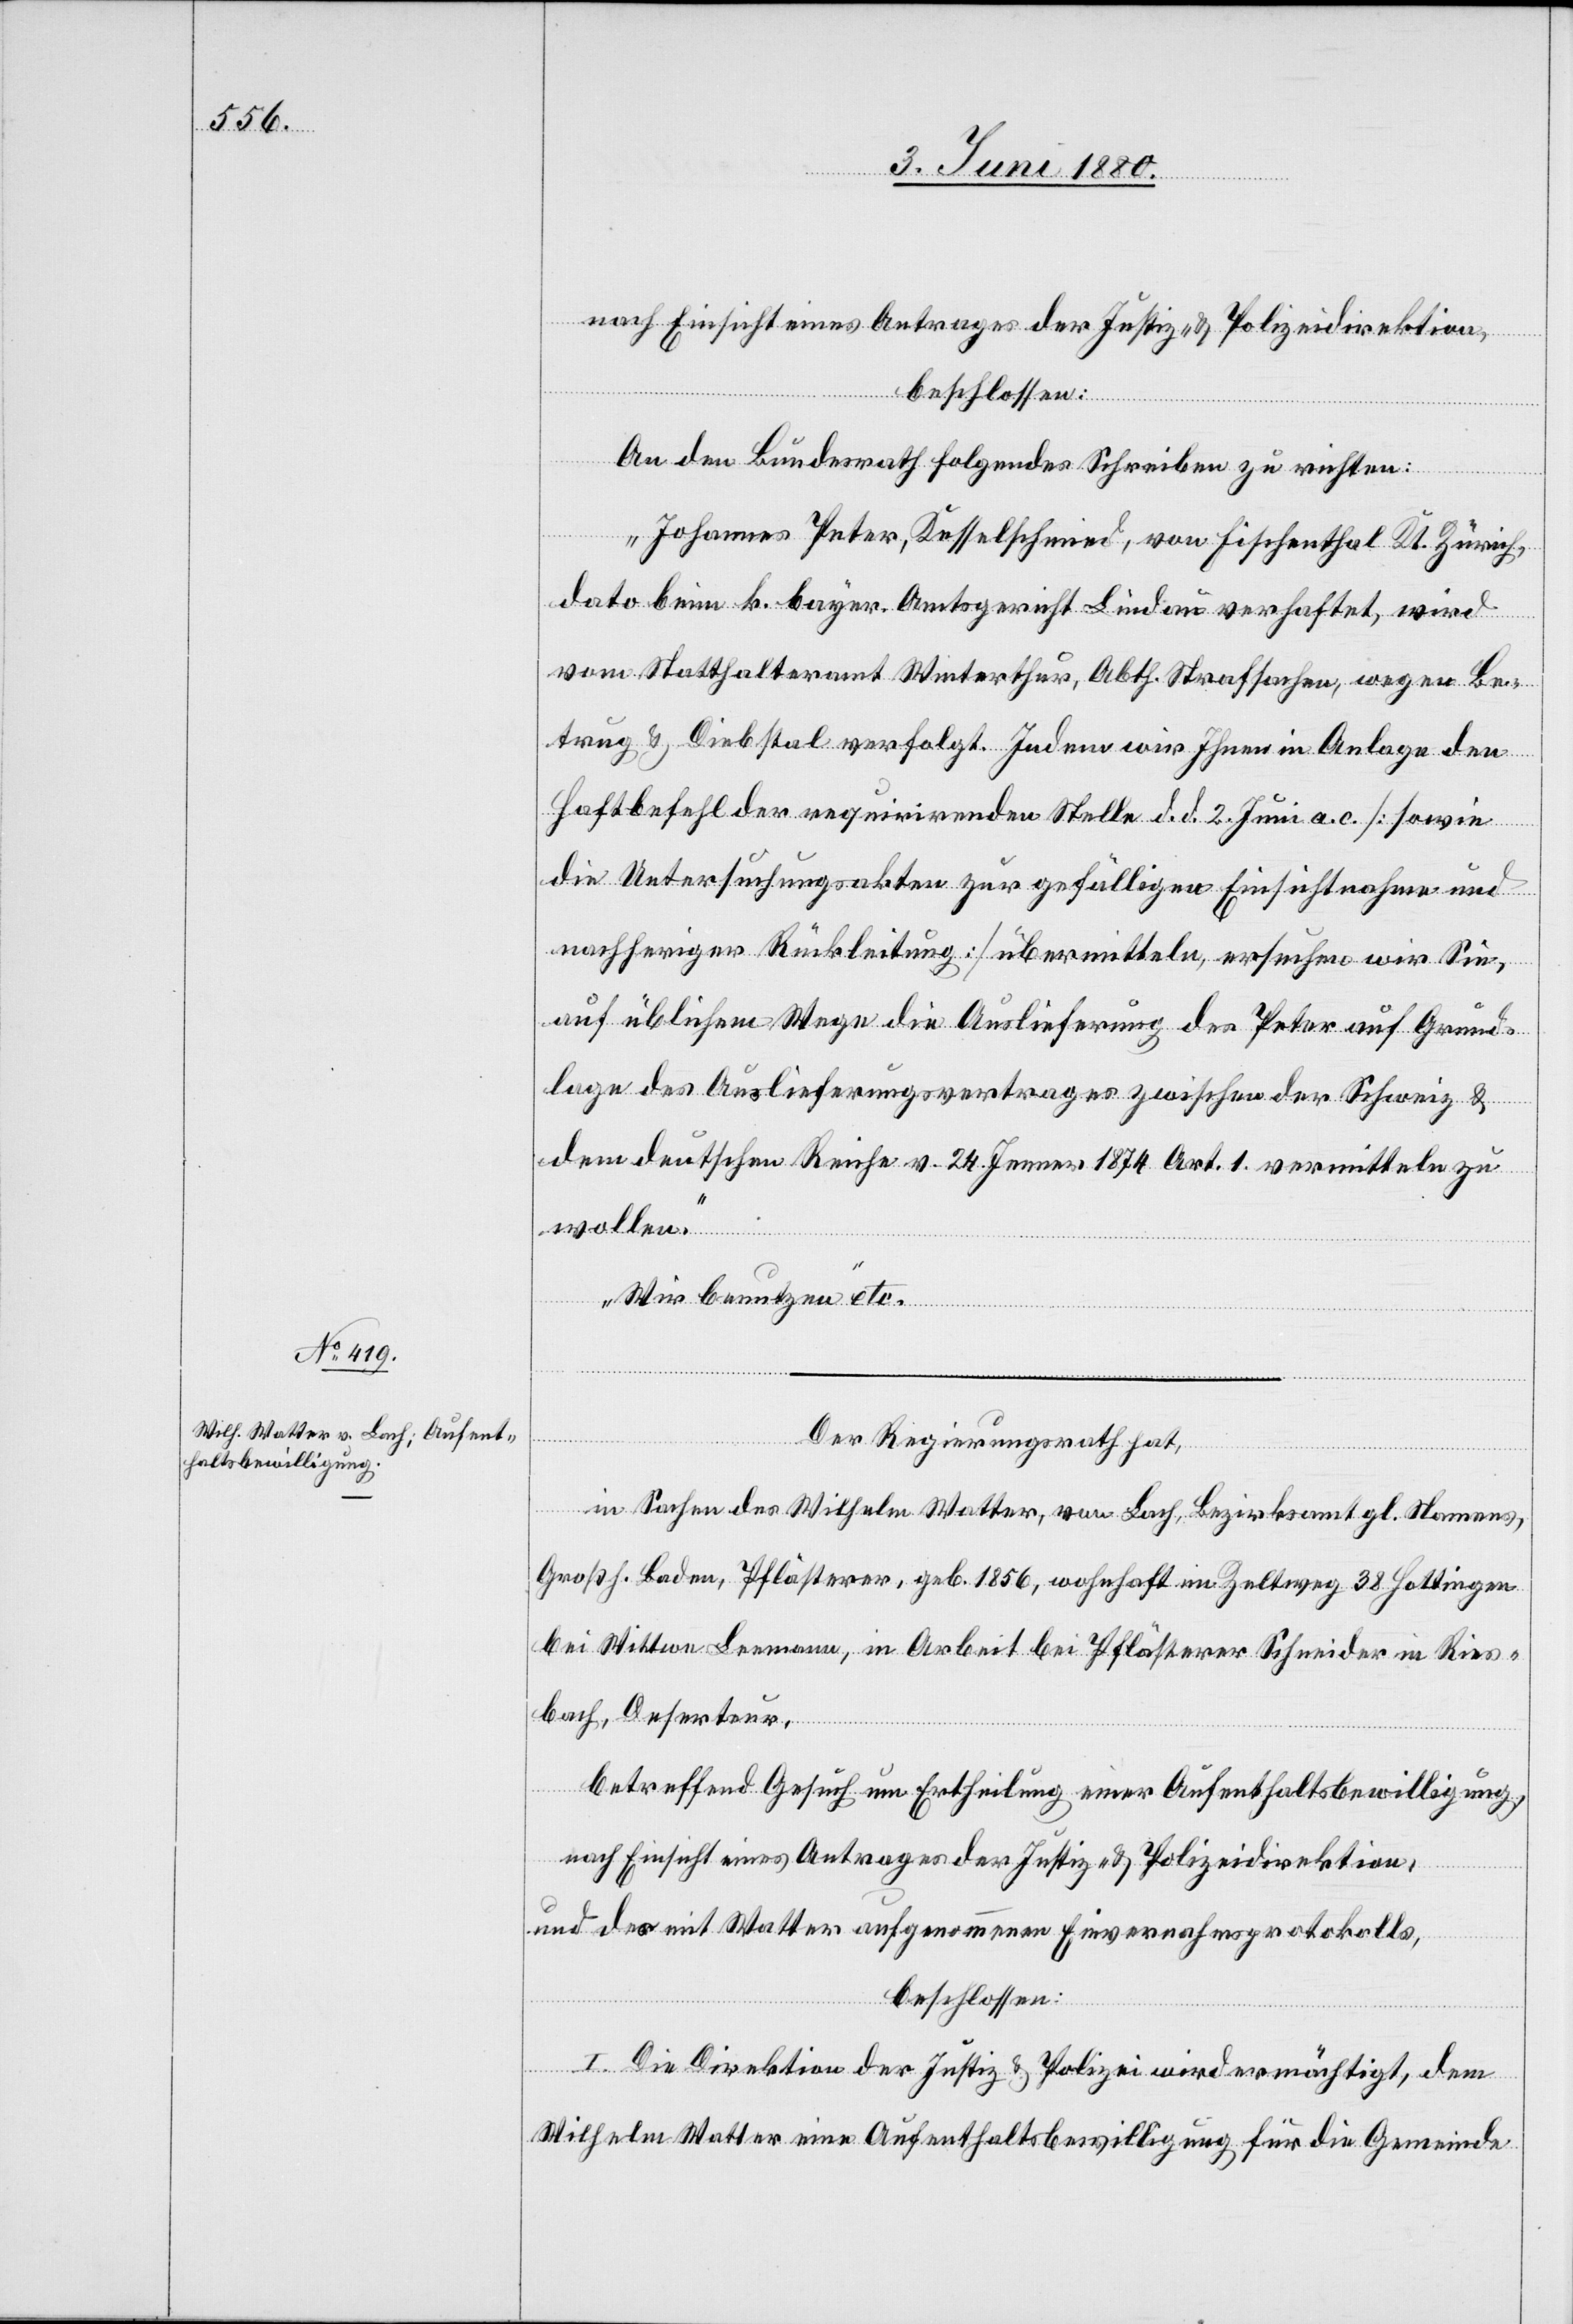
beschlossen:
An den Bundesrath folgendes Schreiben zu richten:
„Johannes Peter, Kesselschmied, von Fischenthal Kt. Zürich,
dato beim k. bayer. Amtsgericht Lindau verhaftet, wird
vom Statthalteramt Winterthur, Abth. Strafsachen, wegen Be¬
trug & Diebstal verfolgt. Indem wir Ihnen in Anlage den
Haftbefehl der requirirenden Stelle d. d 2. Juni a. c. [sowie
die Untersuchungsakten zur gefälligen Einsichtnahme und
nachheriger Rückleitung] übermitteln, ersuchen wir Sie,
auf üblichem Wege die Auslieferung des Peter auf Grund¬
lage des Auslieferungsvertrages zwischen der Schweiz &
dem deutschen Reiche v. 25. Jenner 1874, Art. 1 vermitteln zu
wollen.
Wir benutzen“ etc.
Der Regierungsrath hat,
in Sachen des Wilhelm Watter, von Lach, Bezirksamt gl. Namens,
Großh. Baden, Pflästerer, geb. 1856, wohnhaft im Zeltweg 38 Hottingen
bei Wittwe Leemann, in Arbeit bei Pflästerer Schneider in Ries¬
bach, Deserteur,
betreffend Gesuch um Ertheilung einer Aufenthaltsbewilligung,
nach Einsicht eines Antrages der Justiz- & Polizeidirektion,
und des mit Watter aufgenommenen Einvernahmsprotokolls,
beschlossen:
I. Die Direktion der Justiz & Polizei wird ermächtigt, dem
Wilhelm Watter eine Aufenthaltsbewilligung für die Gemeinde